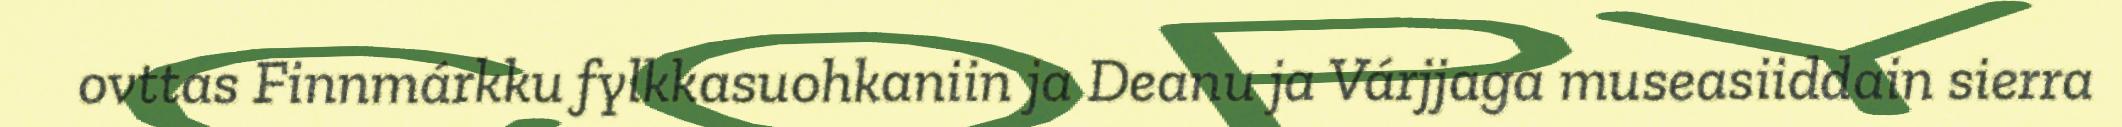
ovttas Finnmárkku fylkkasuohkaniin ja Deanu ja Várjjaga museasiiddain sierra